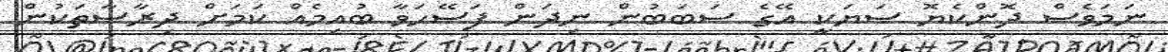
ނަމަވެސް ދޮންކެޔޮ ސަޔަކީ އޭގެ ސަބަބުން ނިދަން ފަސޭހަވާ ބުއިމެއް ކަމަށް ދިރާސާތަކުން